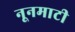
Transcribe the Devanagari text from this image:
नूनमाटी